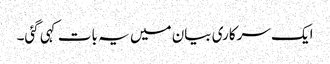
ایک سرکاری بیان میں یہ بات کہی گئی۔